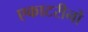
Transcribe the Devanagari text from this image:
एकाटरीनों